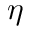
\eta